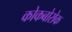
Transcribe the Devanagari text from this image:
कोकबोरोक